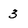
Character: 3